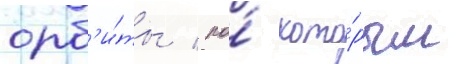
орб'и́ты / по́ кото́рым